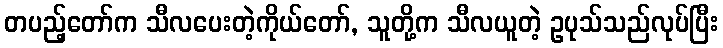
တပည့်တော်က သီလပေးတဲ့ကိုယ်တော်, သူတို့က သီလယူတဲ့ ဥပုသ်သည်လုပ်ပြီး